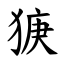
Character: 㹹